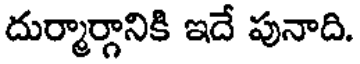
దుర్మార్గానికి ఇదే పునాది.